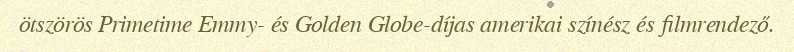
ötszörös Primetime Emmy- és Golden Globe-díjas amerikai színész és filmrendező.